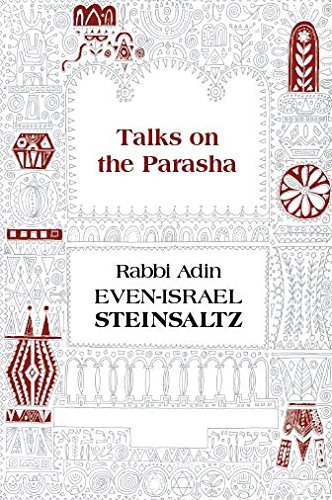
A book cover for Talks on the Parasha; Adin Steinsaltz; Politics & Social Sciences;